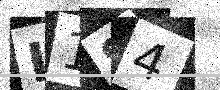
Text: L1S4